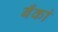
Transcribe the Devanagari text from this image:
बँकां